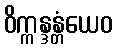
ဝိက္ကန္ဒန္တံယေဝ